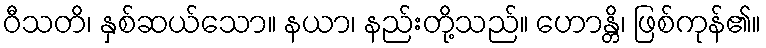
ဝီသတိ၊ နှစ်ဆယ်သော။ နယာ၊ နည်းတို့သည်။ ဟောန္တိ၊ ဖြစ်ကုန်၏။